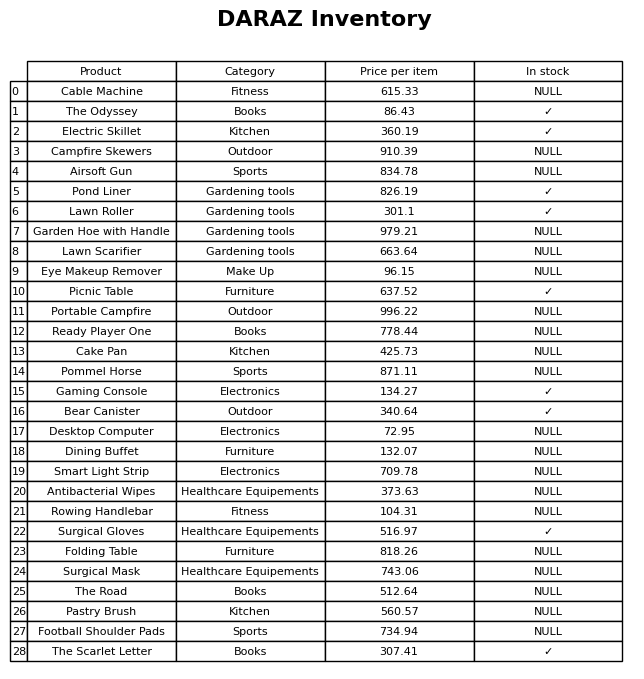
question: Which products are currently out of stock?
answer: Cable Machine, Campfire Skewers, Airsoft Gun, Garden Hoe with Handle, Lawn Scarifier, Eye Makeup Remover, Portable Campfire, Ready Player One, Cake Pan, Pommel Horse, Desktop Computer, Dining Buffet, Smart Light Strip, Antibacterial Wipes, Rowing Handlebar, Folding Table, Surgical Mask, The Road, Pastry Brush, Football Shoulder Pads